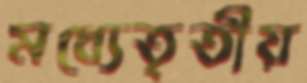
মধ্যেতৃতীয়